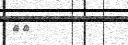
٩٥